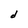
Character: d